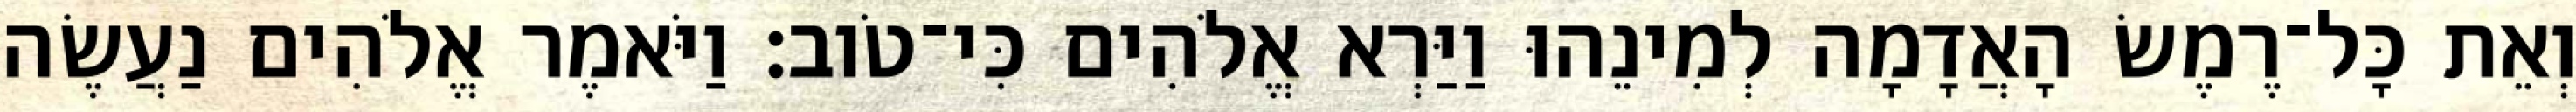
וְאֵת כָּל־רֶמֶשׂ הָאֲדָמָה לְמִינֵהוּ וַיַּרְא אֱלֹהִים כִּי־טֹוב׃ וַיֹּאמֶר אֱלֹהִים נַעֲשֶׂה